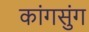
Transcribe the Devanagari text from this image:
कांगसुंग